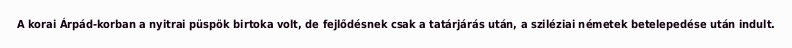
A korai Árpád-korban a nyitrai püspök birtoka volt, de fejlődésnek csak a tatárjárás után, a sziléziai németek betelepedése után indult.